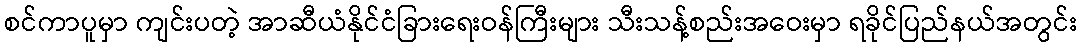
စင်ကာပူမှာ ကျင်းပတဲ့ အာဆီယံနိုင်ငံခြားရေးဝန်ကြီးများ သီးသန့်စည်းအဝေးမှာ ရခိုင်ပြည်နယ်အတွင်း